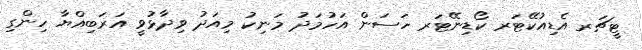
ޓީޗަރ އެޑިއުކޭޓަރ ކޯޑިނޭޓަރ ހަސަން އަހުމަދު މަނިކު މިއަދު ވިދާޅުވީ އަރަބިއްޔާ ހިންގި